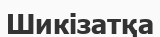
Шикізатқа